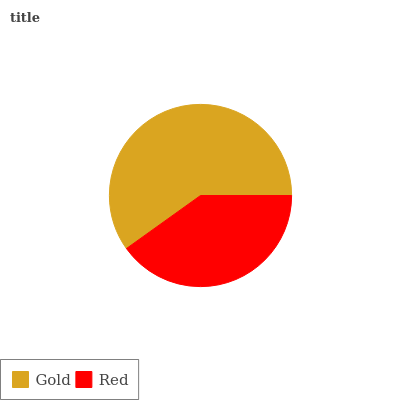
| Gold | Red |
 | --- | --- |
 | 59.9% | 40.1% |